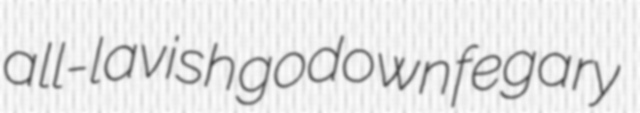
all-lavish godown fegary